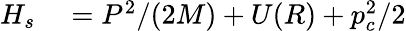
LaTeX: \begin{array}{rl}{H_{s}}&{{}=P^{2}/(2M)+U(R)+p_{c}^{2}/2}\end{array}